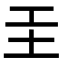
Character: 𡉐